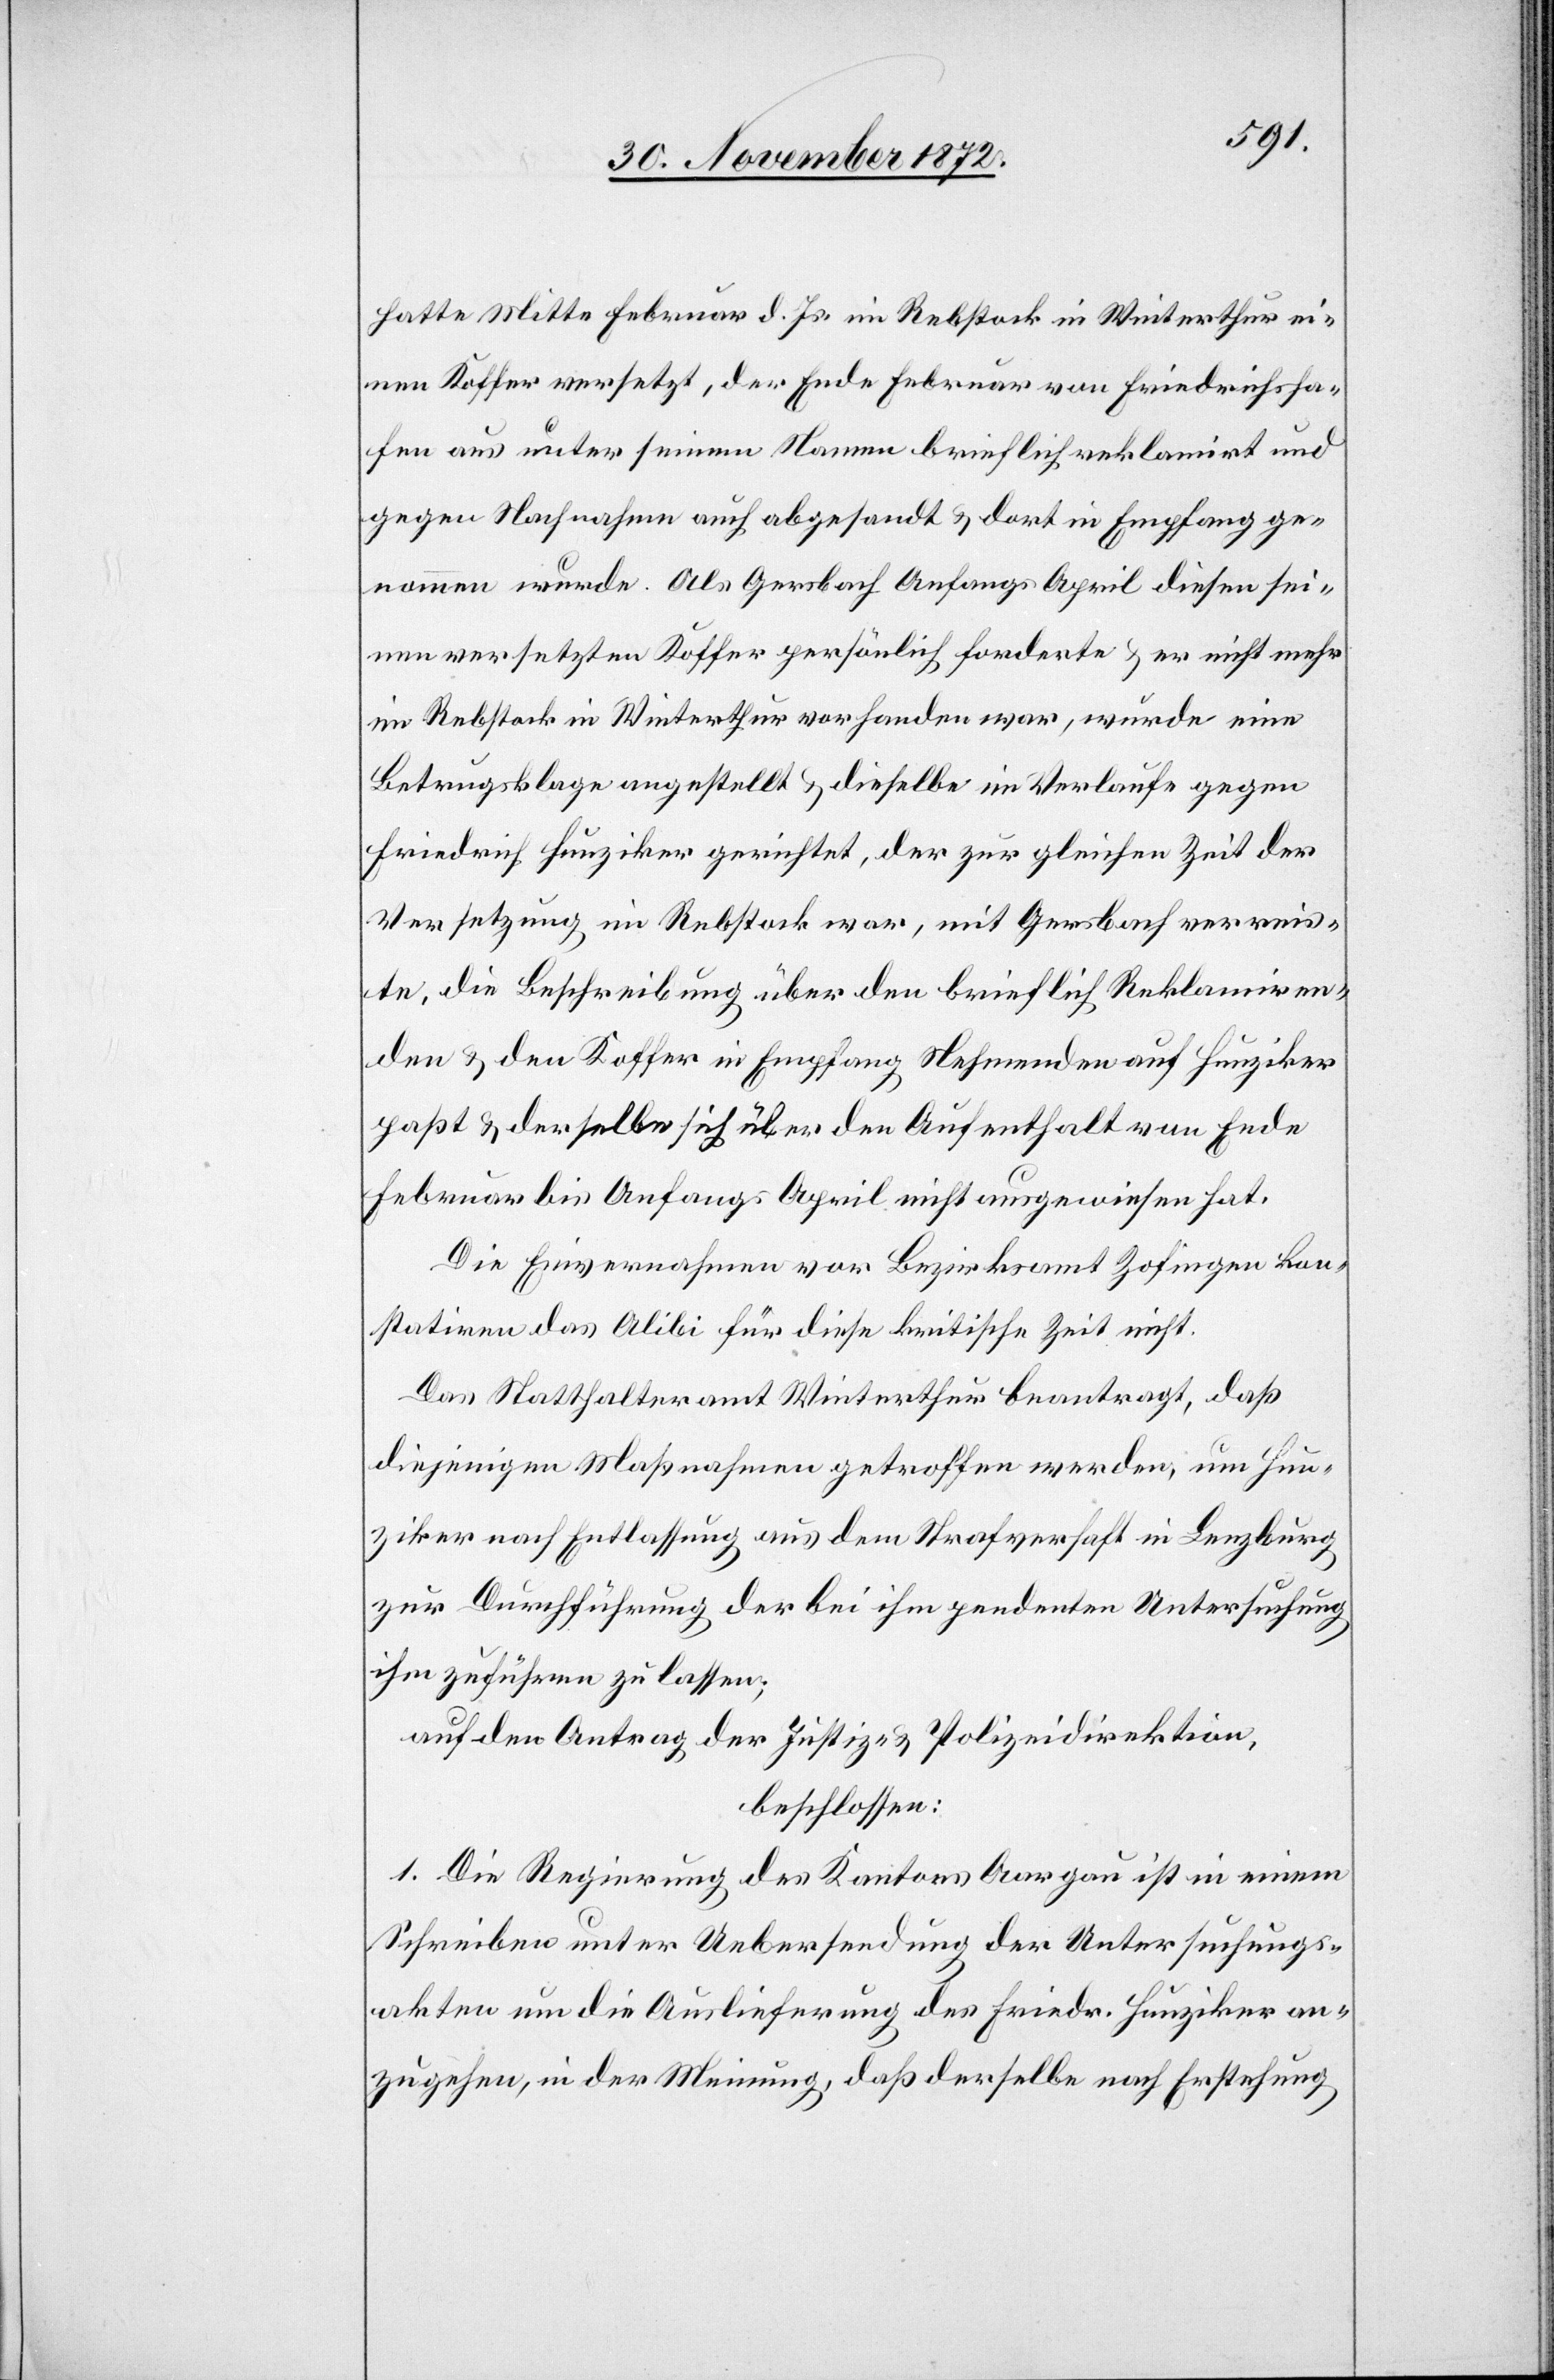
hatte Mitte Februar d. Js. im Rebstock in Winterthur ei¬
nen Koffer versetzt, der Ende Februar von Friedrichsha¬
fen aus unter seinem Namen brieflich reklamirt und
gegen Nachnahme auch abgesandt u. dort in Empfang ge¬
nommen wurde. Als Gersbach Anfangs April diesen sei¬
nen versetzten Koffer persönlich forderte u. er nicht mehr
im Rebstock in Winterthur vorhanden war, wurde eine
Betrugsklage angestellt u. dieselbe im Verlaufe gegen
Friedrich Hunziker gerichtet, der zur gleichen Zeit der
Versetzung im Rebstock war, mit Gersbach verreis¬
te, die Beschreibung über den brieflich Reklamiren¬
den u. den Koffer in Empfang Nehmenden auf Hunziker
paßt u. derselbe sich über den Aufenthalt von Ende
Februar bis Anfangs April nicht ausgewiesen hat.
Die Einvernahmen vor Bezirksamt Zofingen kon¬
statiren das Alibi für diese kritische Zeit nicht.
Das Statthalteramt Winterthur beantragt, daß
diejenigen Maßnahmen getroffen werden, um Hun¬
ziker nach Entlassung aus dem Strafverhaft in Lenzburg
zur Durchführung der bei ihm pendenten Untersuchung
ihm zuführen zu lassen;
auf den Antrag der Justiz- u. Polizeidirektion,
beschlossen:
1. Die Regierung des Kantons Aargau ist in einem
Schreiben unter Uebersendung der Untersuchungs¬
akten um die Auslieferung des Friedr. Hunziker an¬
zugehen, in der Meinung, daß derselbe nach Erstehung